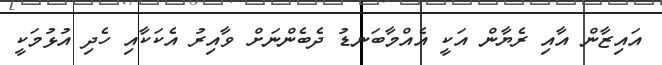
އައިޒާން އާއި ރެޔާން އަކީ އެއްމާބަނޑު ދެބެންނަށް ވާއިރު އެކަކާއި ހެދި އުޅުމަކީ